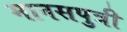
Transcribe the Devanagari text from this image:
मानसपुत्री